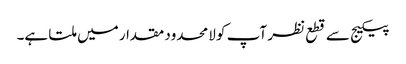
پیکیج سے قطع نظر آپ کو لامحدود مقدار میں ملتا ہے۔